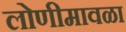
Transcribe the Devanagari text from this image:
लोणीमावळा